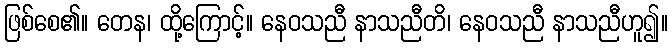
ဖြစ်စေ၏။ တေန၊ ထို့ကြောင့်။ နေဝသညီ နာသညီတိ၊ နေဝသညီ နာသညီဟူ၍။